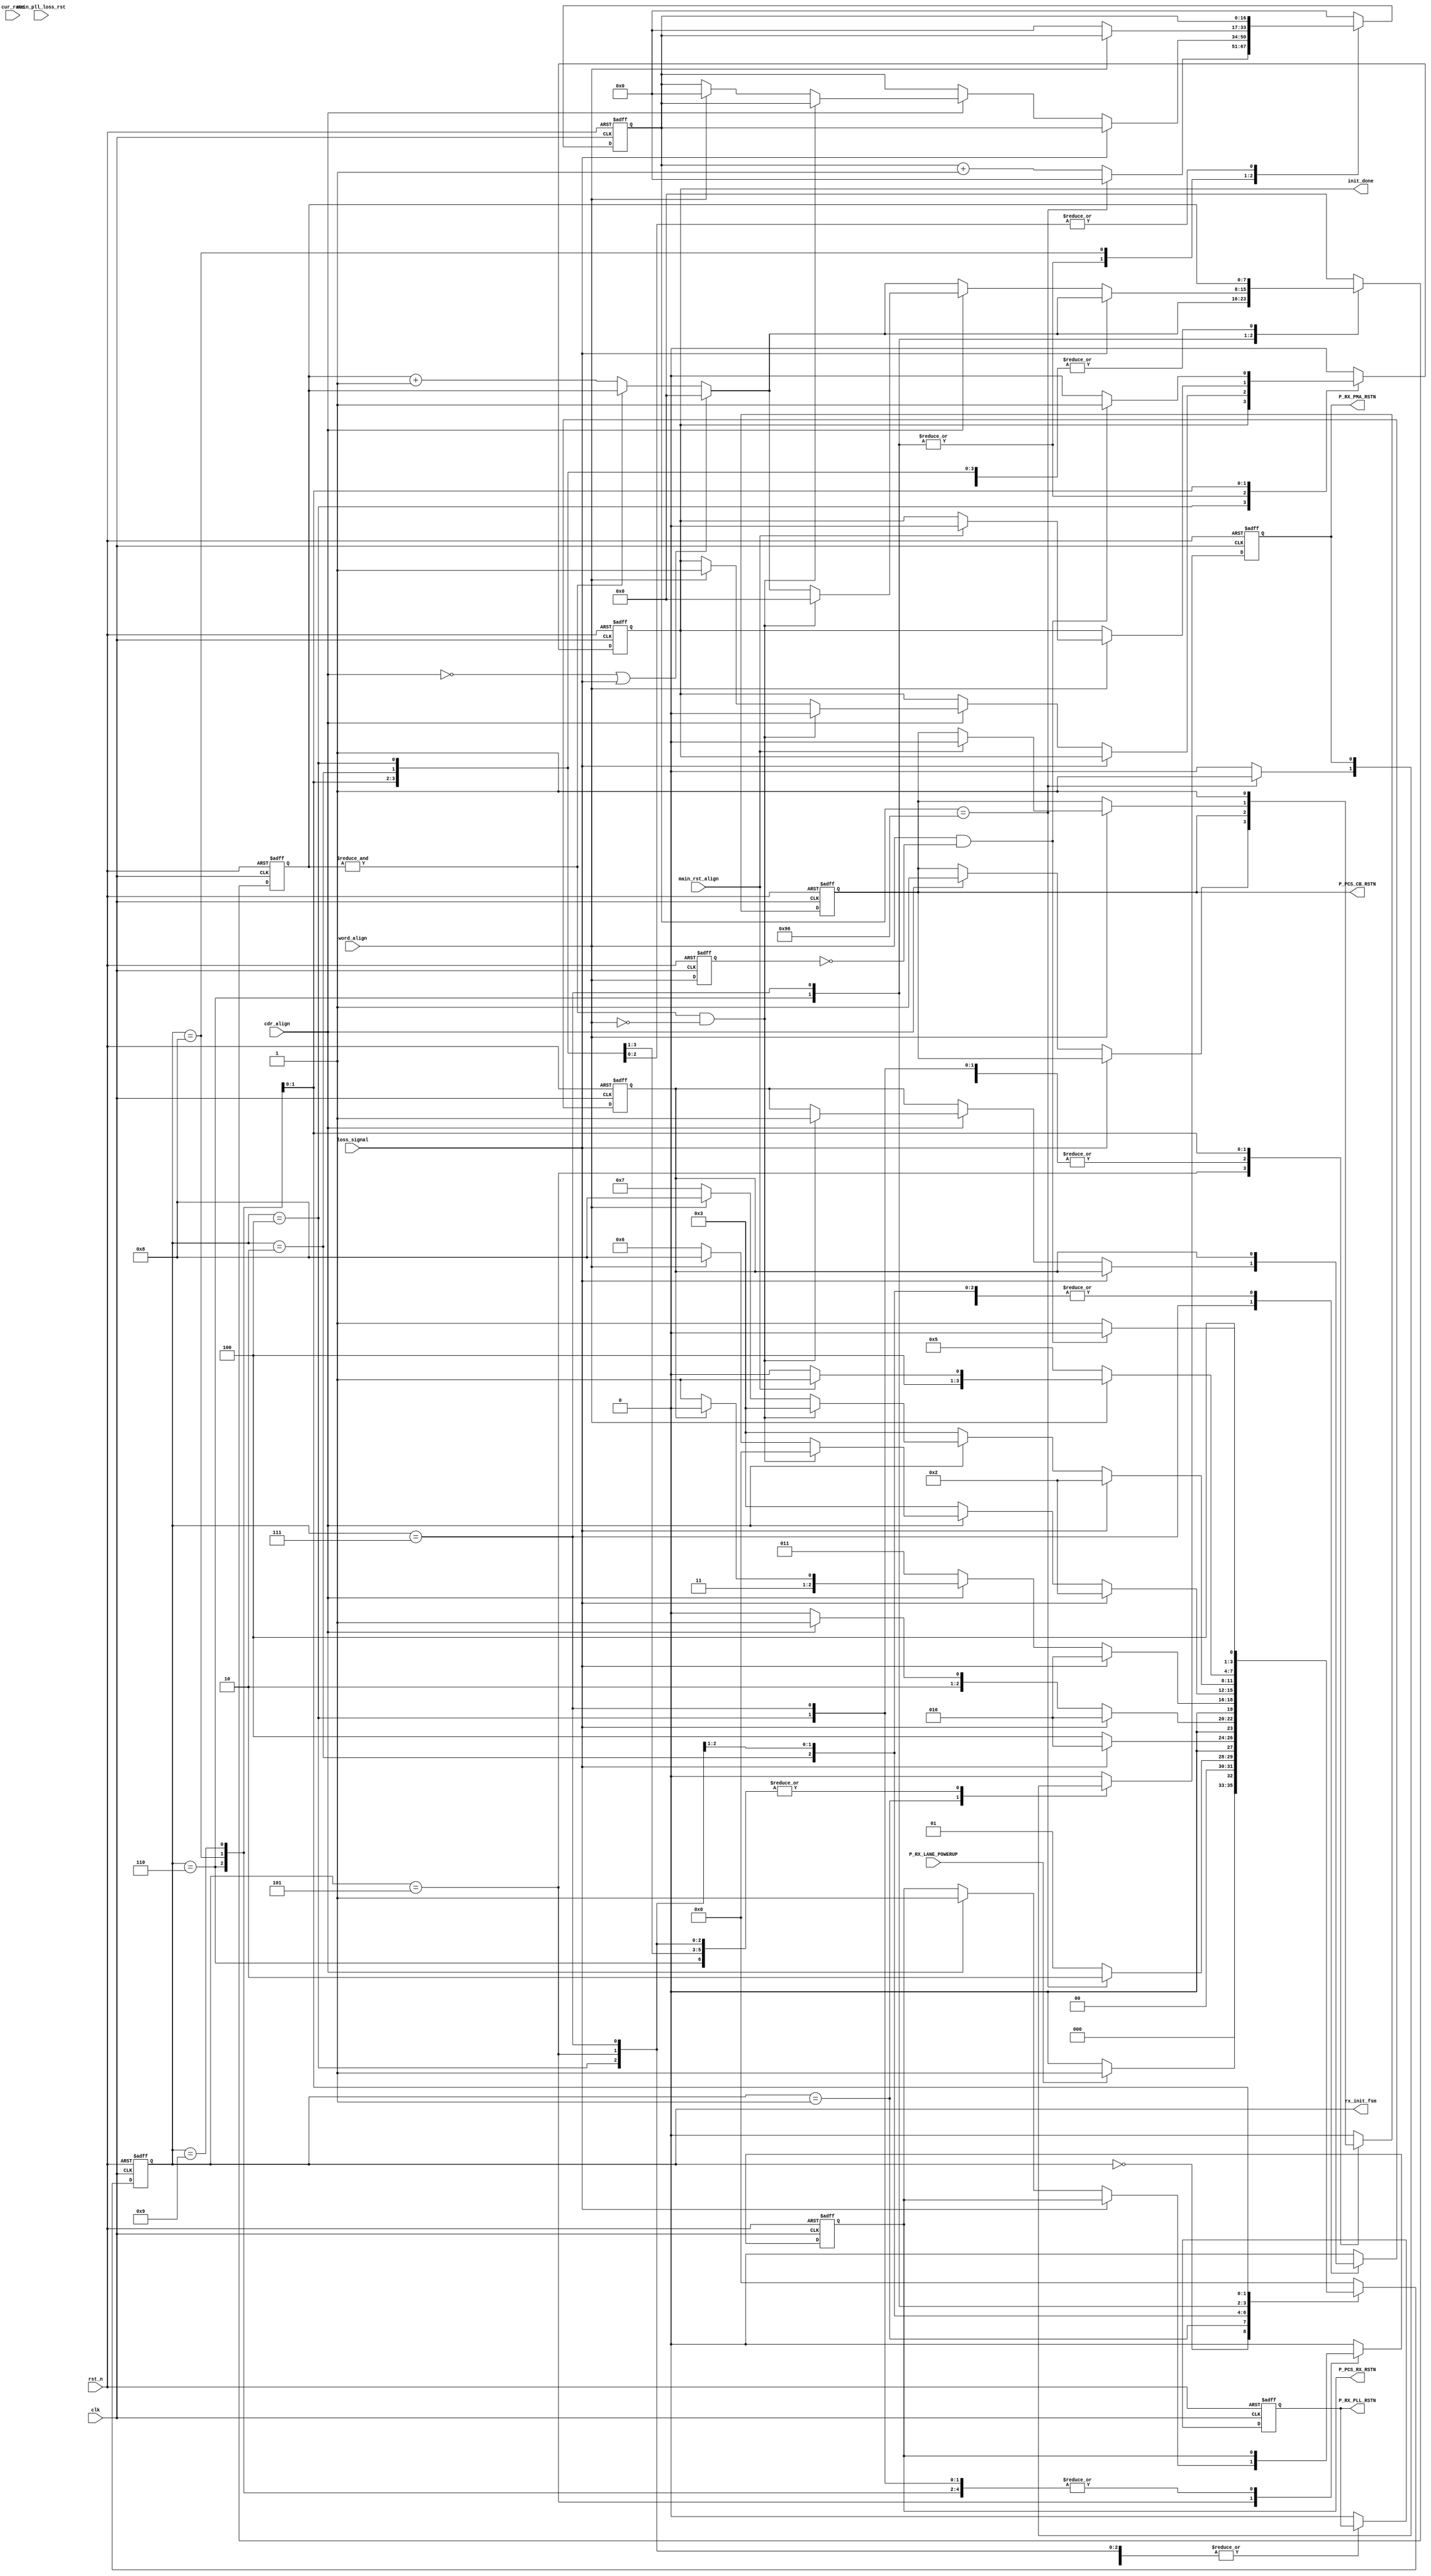
//******************************************************************
// Copyright (c) 2015 PANGO MICROSYSTEMS, INC
// ALL RIGHTS REVERVED.
//******************************************************************
`timescale 1ns/1ps
module hsstl_rst4mcrsw_rx_rst_initfsm_v1_0(
    input   wire                       clk,
    input   wire                       rst_n,

    input   wire                       P_RX_LANE_POWERUP,
    input   wire                       main_rst_align,
    input   wire                       main_pll_loss_rst,

    input   wire                       loss_signal,
    input   wire                       cdr_align,
    input   wire                       word_align,
    input   wire                       cur_rate, //added on 20180927, to fix issue (XA-65) about EIOS data receive during link down
    output  reg     [3:0]              rx_init_fsm,

    output  reg                        P_RX_PMA_RSTN,
    output  reg                        P_RX_PLL_RSTN,
    output  reg                        P_PCS_RX_RSTN,
    output  reg                        P_PCS_CB_RSTN,
    output  reg                        init_done
);


localparam CNTR_WIDTH                        = 17;
localparam INIT_ALIGN_WAIT_TIMR_WIDTH        = 8;
localparam RX_PMA_CNTR_VALUE                 = 150;//1.28us
localparam RX_PLL_CNTR_VALUE                 = 1000;//10us@100Mhz
localparam RX_PCS_CNTR_VALUE                 = 64;
localparam WORD_ALIGN_WAITCNTR_VALUE         = 16*2;
localparam CDR_ALIGN_WAITCNTR_VALUE          = 18*2;
localparam ALOS_WAITCNTR_VALUE               = 20*2;
localparam RX_INIT_START      = 4'd0;
localparam RX_INIT_PMA_RST    = 4'd1;
localparam RX_INIT_LOSS_DOWN  = 4'd2;
localparam RX_INIT_PLL_RST    = 4'd3;
localparam RX_INIT_CDR_LOCK   = 4'd4;
localparam RX_INIT_PCS_RST    = 4'd5;
localparam RX_INIT_WORD_ALIGN = 4'd6;
localparam RX_INIT_ALIGN_WAIT = 4'd7;
localparam RX_INIT_DONE       = 4'd8;
localparam RX_REALIGN_PCS_BOND = 4'd9;

reg     [CNTR_WIDTH-1 : 0]                  init_cntr;
reg     [INIT_ALIGN_WAIT_TIMR_WIDTH-1 : 0]  init_align_wait_timr;
reg                                         init_realign;
reg                                         word_align_d;
wire                                        word_align_pos;
always @(posedge clk or negedge rst_n)
begin
    if (!rst_n)
        word_align_d <= 1'b0;
    else
        word_align_d <= word_align;
end

assign word_align_pos = word_align & ~word_align_d;
        // INIT SM
always @(posedge clk or negedge rst_n)
begin
    if (!rst_n)
    begin
        init_cntr              <= {CNTR_WIDTH{1'b0}};
        rx_init_fsm            <= RX_INIT_START;

        P_RX_PMA_RSTN          <= 1'b0;
        P_RX_PLL_RSTN          <= 1'b0;
        P_PCS_RX_RSTN          <= 1'b0;
        P_PCS_CB_RSTN          <= 1'b0;
        init_align_wait_timr   <= {INIT_ALIGN_WAIT_TIMR_WIDTH{1'b0}};
        init_realign           <= 1'b0;
        init_done              <= 1'b0;
    end
    else
    begin
        case (rx_init_fsm)
            RX_INIT_START :
            begin
                init_cntr             <= {CNTR_WIDTH{1'b0}};
                P_RX_PMA_RSTN         <= 1'b0;
                P_RX_PLL_RSTN         <= 1'b0;
                P_PCS_RX_RSTN         <= 1'b0;
                P_PCS_CB_RSTN         <= 1'b0;
                init_realign          <= 1'b0;
                init_done             <= 1'b0;

                if (P_RX_LANE_POWERUP)
                    rx_init_fsm       <= RX_INIT_PMA_RST;
                else
                    rx_init_fsm       <= RX_INIT_START;
            end
            RX_INIT_PMA_RST :
            begin
                P_RX_PMA_RSTN         <= 1'b0;
                P_RX_PLL_RSTN         <= 1'b0;
                P_PCS_RX_RSTN         <= 1'b0;
                P_PCS_CB_RSTN         <= 1'b0;
                init_realign          <= 1'b0;
                init_done             <= 1'b0;

                if (init_cntr == RX_PMA_CNTR_VALUE)
                begin
                    rx_init_fsm       <= RX_INIT_LOSS_DOWN;
                    P_RX_PMA_RSTN     <= 1'b1;
                    init_cntr         <= {CNTR_WIDTH{1'b0}};
                end
                else
                begin
                    rx_init_fsm       <= RX_INIT_PMA_RST;
                    P_RX_PMA_RSTN     <= 1'b0;
                    init_cntr         <= init_cntr + {{CNTR_WIDTH-1{1'b0}}, 1'b1};
                end
            end
            RX_INIT_LOSS_DOWN :
            begin
                P_RX_PLL_RSTN         <= 1'b0;
                P_PCS_RX_RSTN         <= 1'b0;
                init_done             <= 1'b0;
                P_PCS_CB_RSTN         <= 1'b0;

                if (~loss_signal)
                    rx_init_fsm       <= RX_INIT_CDR_LOCK;
                else
                    rx_init_fsm       <= RX_INIT_LOSS_DOWN;
            end

            RX_INIT_CDR_LOCK :
            begin
                if (loss_signal)
                    rx_init_fsm       <= RX_INIT_LOSS_DOWN ;
                else if (cdr_align)
                    rx_init_fsm       <= RX_INIT_PCS_RST;
                else
                    rx_init_fsm       <= RX_INIT_CDR_LOCK;
            end
            RX_INIT_PCS_RST :
            begin
               // P_PCS_RX_RSTN         <= 1'b0;
                init_done             <= 1'b0;
                init_align_wait_timr  <= {INIT_ALIGN_WAIT_TIMR_WIDTH{1'b0}};

                if (loss_signal)
                begin
                    rx_init_fsm       <= RX_INIT_LOSS_DOWN;
                    init_cntr         <= {CNTR_WIDTH{1'b0}};
                end
                else if (~cdr_align)
                begin
                    rx_init_fsm       <= RX_INIT_PLL_RST;
                    init_cntr         <= {CNTR_WIDTH{1'b0}};
                end
                else //if (init_cntr == RX_PCS_CNTR_VALUE)
                begin
                    if (init_realign)
                        rx_init_fsm   <= RX_INIT_WORD_ALIGN;
                    else
                        rx_init_fsm   <= RX_INIT_ALIGN_WAIT;

                    P_PCS_RX_RSTN     <= 1'b1;
                    P_PCS_CB_RSTN     <= 1'b1;
                    init_cntr         <= {CNTR_WIDTH{1'b0}};
                end
                //else
                //begin
                //    rx_init_fsm       <= RX_INIT_PCS_RST;
                //    P_PCS_RX_RSTN     <= 1'b0;
                //    init_cntr         <= init_cntr + {{CNTR_WIDTH-1{1'b0}}, 1'b1};
                //end
            end
            RX_INIT_WORD_ALIGN :
            begin
                init_realign          <= 1'b0;

                if (~cdr_align | loss_signal) 
                    init_align_wait_timr         <= {INIT_ALIGN_WAIT_TIMR_WIDTH{1'b0}};
                else if (&init_align_wait_timr)
                    init_align_wait_timr         <= init_align_wait_timr;
                else
                    init_align_wait_timr         <= init_align_wait_timr + {{INIT_ALIGN_WAIT_TIMR_WIDTH-1{1'b0}}, 1'b1};

                if (loss_signal) 
                    rx_init_fsm       <= RX_INIT_LOSS_DOWN;
                else if (~cdr_align)
                    rx_init_fsm       <= RX_INIT_PLL_RST;
                else if (&init_align_wait_timr & (~word_align))
                begin
                    rx_init_fsm       <= RX_INIT_START;
                    init_done         <= 1'b0;
                end
                else if (word_align)
                begin
                    rx_init_fsm       <= RX_INIT_DONE;
                    init_done         <= 1'b1;
                    init_cntr         <= {CNTR_WIDTH{1'b0}};
                end
                else
                    rx_init_fsm       <= RX_INIT_WORD_ALIGN;
            end
            RX_INIT_ALIGN_WAIT :
            begin
                if (~cdr_align | loss_signal) 
                    init_align_wait_timr         <= {INIT_ALIGN_WAIT_TIMR_WIDTH{1'b0}};
                else if (&init_align_wait_timr)
                    init_align_wait_timr         <= init_align_wait_timr;
                else
                    init_align_wait_timr         <= init_align_wait_timr + {{INIT_ALIGN_WAIT_TIMR_WIDTH-1{1'b0}}, 1'b1};

                if (loss_signal) 
                    rx_init_fsm                  <= RX_INIT_LOSS_DOWN;
                else if (~cdr_align)
                    rx_init_fsm                  <= RX_INIT_PLL_RST;
                else if (&init_align_wait_timr & (~word_align))
                begin
                    rx_init_fsm                  <= RX_INIT_PLL_RST;
                    init_realign                 <= 1'b1;
                    init_done                    <= 1'b0;
                    init_align_wait_timr         <= {INIT_ALIGN_WAIT_TIMR_WIDTH{1'b0}};
                end
                else if (word_align)
                begin
                    rx_init_fsm                  <= RX_INIT_DONE;
                    init_done                    <= 1'b1;
                    init_cntr                    <= {CNTR_WIDTH{1'b0}};
                end
                else
                    rx_init_fsm                  <= RX_INIT_ALIGN_WAIT;
            end
            RX_INIT_DONE :
            begin
            //    init_cntr             <= {CNTR_WIDTH{1'b0}};
            if (~word_align)
                    begin
                         rx_init_fsm       <= RX_INIT_PCS_RST;
                         init_cntr         <= {CNTR_WIDTH{1'b0}};
                    end
           //else if (main_pll_loss_rst)
           //     begin
           //         rx_init_fsm       <= RX_INIT_LOSS_DOWN;
           //         P_RX_PLL_RSTN     <= 1'b0;
           //         P_PCS_RX_RSTN     <= 1'b0;
           //         P_PCS_CB_RSTN      <= 1'b0;
           //         init_done         <= 1'b0;
           //     end
           else if (main_rst_align)
                begin
                    rx_init_fsm       <= RX_REALIGN_PCS_BOND;
                   // P_PCS_RX_RSTN     <= 1'b0;
                    P_PCS_CB_RSTN     <= 1'b0;
                    init_done         <= 1'b0;
                end
                else
                    rx_init_fsm       <= RX_INIT_DONE;
            end
            RX_REALIGN_PCS_BOND :
                begin
                    P_PCS_CB_RSTN         <= 1'b1;
                    if(word_align_pos)
                        begin
                            init_done     <= 1'b1;
                            rx_init_fsm   <= RX_INIT_DONE;
                        end
                    else
                        begin
                           init_done      <= 1'b0;
                           rx_init_fsm    <= RX_REALIGN_PCS_BOND;
                        end
                end
            default:
            begin
                init_cntr             <= {CNTR_WIDTH{1'b0}};
                rx_init_fsm           <= RX_INIT_START;

                P_RX_PMA_RSTN         <= 1'b0;
                P_RX_PLL_RSTN         <= 1'b0;
                P_PCS_RX_RSTN         <= 1'b0;
                P_PCS_CB_RSTN         <= 1'b0;
                init_align_wait_timr  <= {INIT_ALIGN_WAIT_TIMR_WIDTH{1'b0}};
                init_realign          <= 1'b0;
                init_done             <= 1'b0;
            end
        endcase
    end
end

endmodule